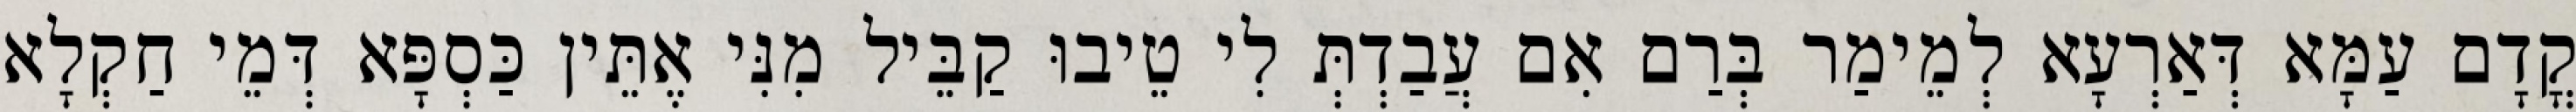
קֳדָם עַמָּא דְּאַרְעָא לְמֵימַר בְּרַם אִם עֲבַדְתְּ לִי טֵיבוּ קַבֵּיל מִנִּי אֶתֵּין כַּסְפָּא דְּמֵי חַקְלָא